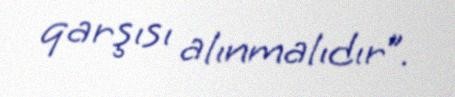
qarşısı alınmalıdır”.